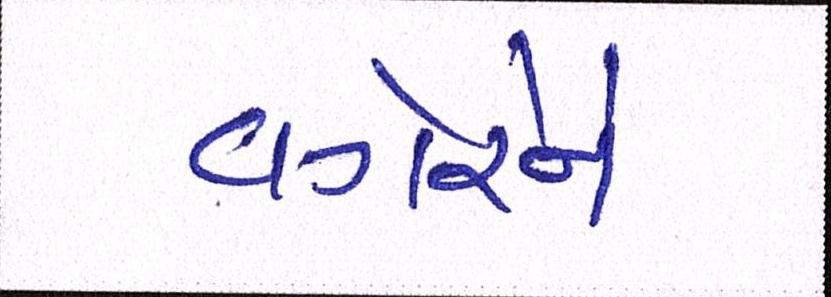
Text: વગેરેને